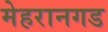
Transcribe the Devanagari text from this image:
मेहरानगड